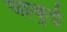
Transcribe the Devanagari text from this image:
याकुई